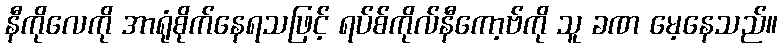
နီကိုလေကို အာရုံစိုက်နေရသဖြင့် ရပ်စ်ကိုလ်နီကော့ဗ်ကို သူ ခဏ မေ့နေသည်။